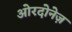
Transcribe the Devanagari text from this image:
ओरदोनेज़